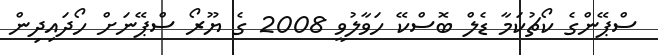
ސްޕޭންގެ ކޯޗުކަމާ ޑެލް ބޮސްކޭ ހަވާލުވީ 2008 ގެ ޔޫރޯ ސްޕޭނަށް ހޯދައިދިން